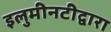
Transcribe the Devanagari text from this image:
इलुमीनटीद्वारा